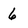
Character: 6